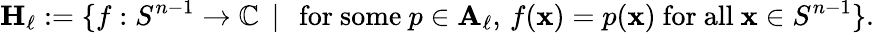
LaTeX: \mathbf{H}_{\ell}:=\{ f:S^{n-1}\to\mathbb{C}\, \mid\, {\mathrm{~for~some~}}p\in\mathbf{A}_{\ell},\, f(\mathbf{x})=p(\mathbf{x}){\mathrm{~for~all~}}\mathbf{x}\in S^{n-1}\} .